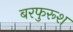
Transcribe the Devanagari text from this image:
बरफुरूश